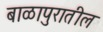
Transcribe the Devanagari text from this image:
बाळापुरातील